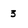
Character: 3